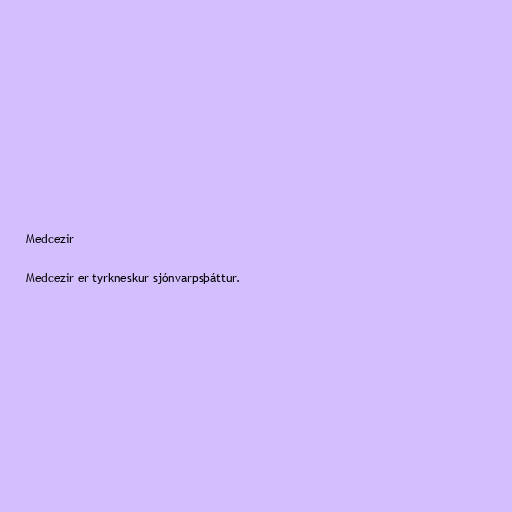
Medcezir

Medcezir er tyrkneskur sjónvarpsþáttur.